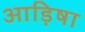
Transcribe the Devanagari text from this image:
आड़िषा